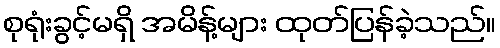
စုရုံးခွင့်မရှိ အမိန့်များ ထုတ်ပြန်ခဲ့သည်။